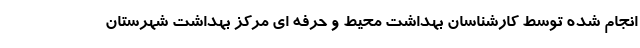
انجام شده توسط کارشناسان بهداشت محیط و حرفه ای مرکز بهداشت شهرستان